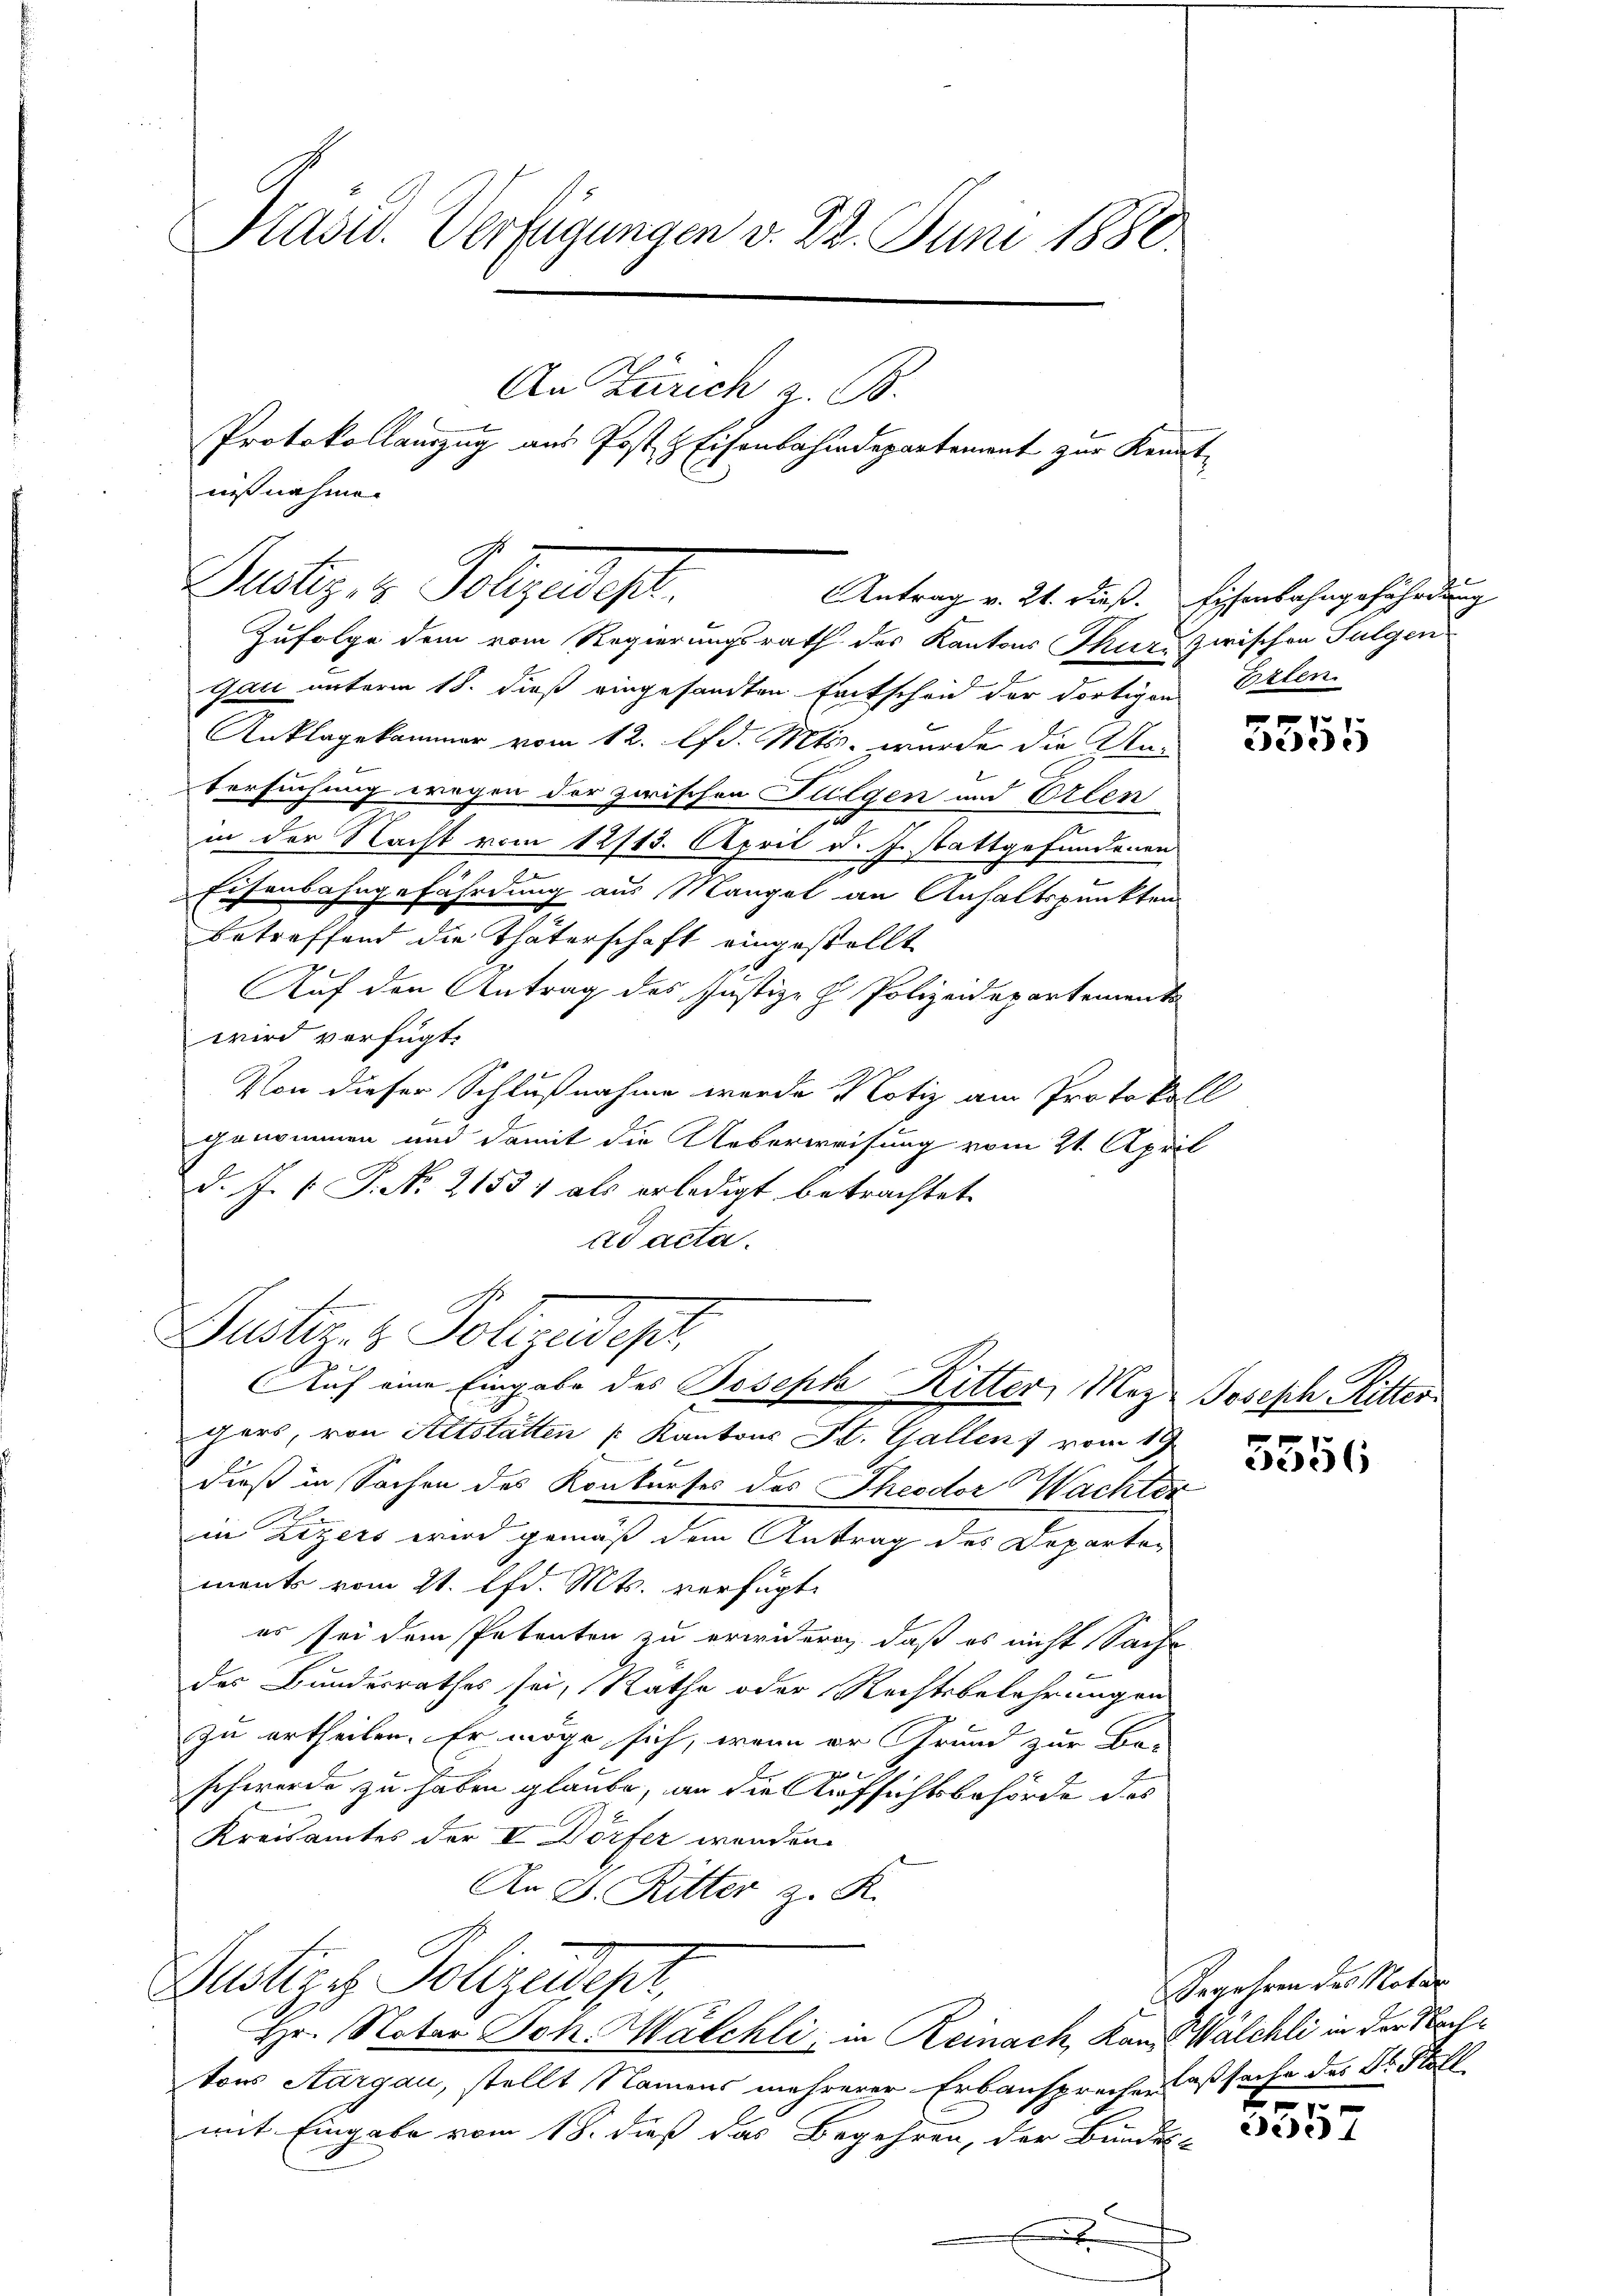
Präsid. Verfügungen v. 22. Juni 1880.
An Zürich a. B
Protokollauszug aus Post z. Eisenbahndepartement zur Kenntnißnahme.

Rustiz & Polizeist.
Antrag v. 21. dieß. Eisenbahngefährdung

Justiz- & Polizeidigt,
Auf eine Eingabe des Joseph Ritter, Mez Joseph Ritter

gers, von Altstätten Kantons St. Gallen vom 19
dieß in Sachen des Konkurses des Theodor Wachter
in Zizers wird gemäß dem Antrag des Departa-
ments vom 21. lfd. Mts. verfügt:
es sei dem Petenten zu erwideren, daß es nicht Sache
des Bundesrathes sei, Räthe oder Rechtsbelehrungen
zu ertheilen. Er möge sich, wenn er Grund zur Be-

schwerde zu haben glaube, an die Aufsichtsbehörde das
Kreisamtes der I Dörfer wenden.
An 8. Ritter z. R.

Justige Polizeidepr
Hr. Notar Joh. Walchli, in Reinach, Kam Walchli in der Nach¬

Zufolge dem vom Regierungsrath des Kantons Thur zwischen Fulgen
Gau unterm 18. dieß eingesandten Entscheid der dortigen Erlen.
Anklagekammer vom 12. lfd. Mts. wurde die An-
tersuchung wegen der zwischen Fulgen und Erlen
in der Nacht vom 12/13. April d. J. stattgefundenen
20
Eisenbahngefährdung aus Mangel an Anhaltspunkten
betreffend die Thäterschaft eingestellt
Auf den Antrag des Justiz- H. Polizeidepartements
wird verfügt:
Von dieser Schlußnahme werde Notiz am Protokoll
genommen und damit die Ueberweisung vom 21. April
D. J. P. Nr. 2155 als erledigt betrachtet.
ad acta.

tons Aargau, stellt Namens mehrerer Erbansprechen Cassache des Dr. Soll
mit Eingabe vom 18. dieß das Begehren, der Bundes-
E

e
e

5356

Begehren des Notar

dedit